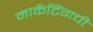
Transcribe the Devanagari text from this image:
मार्केटिंगची